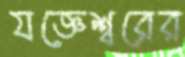
যজ্ঞেশ্বরের